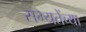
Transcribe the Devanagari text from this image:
सभ्यतेंच्या